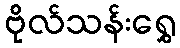
ဗိုလ်သန်းရွှေ